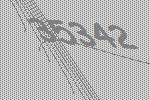
35342